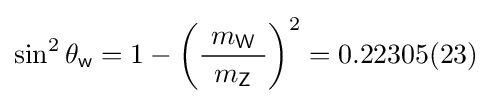
\sin ^{2}\theta _{\textsf {w}}=1-\left({\frac {\ m_{\textsf {W}}\ }{m_{\textsf {Z}}}}\right)^{2}=0.22305(23)~